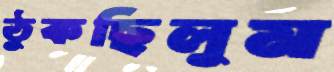
ঠুকছিলুম